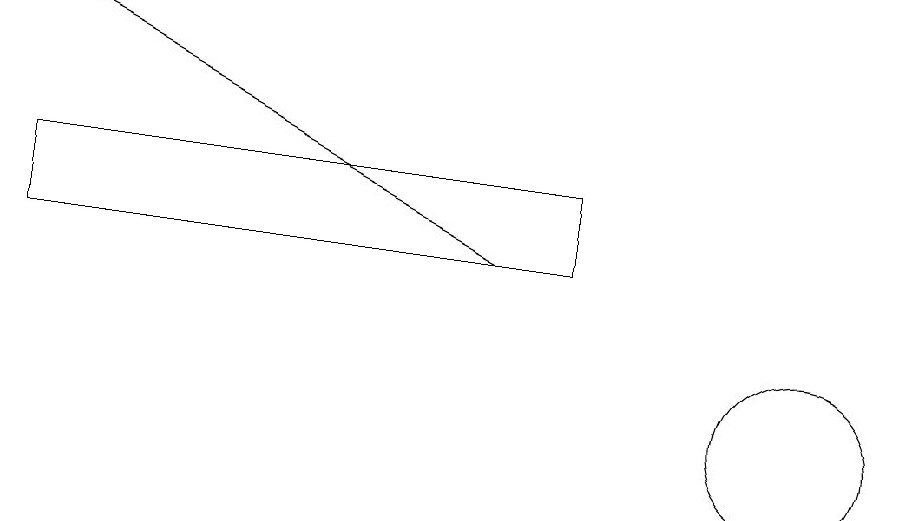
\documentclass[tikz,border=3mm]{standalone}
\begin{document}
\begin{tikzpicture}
\draw[->] (7,12) -- (1,15);
\draw (1,13) rectangle (8,12);
\draw (11,10) circle (1);
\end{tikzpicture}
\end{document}